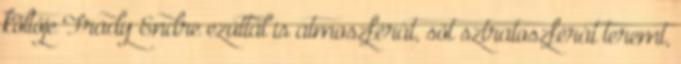
költője Frady Endre ezúttal is atmoszférát, sőt sztratoszférát teremt,